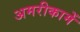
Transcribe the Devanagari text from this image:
अमरीकामें